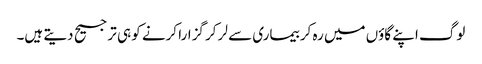
لوگ اپنے گاؤں میں رہ کر بیماری سے لر کر گزارا کرنے کو ہی ترجیح دیتے ہیں۔